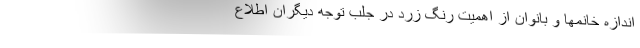
اندازه خانمها و بانوان از اهمیت رنگ زرد در جلب توجه دیگران اطلاع